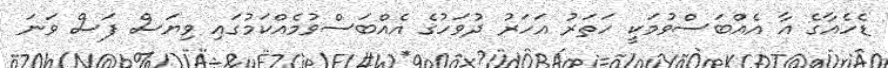
ޑެހެއާގެ އާ އެއްބަސްވުމަކީ ހަތަރު އަހަރު ދުވަހުގެ އެއްބަސްވުމެއްކަމުގައި ވިޔަސް ފަސް ވަނަ